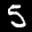
Label: 5